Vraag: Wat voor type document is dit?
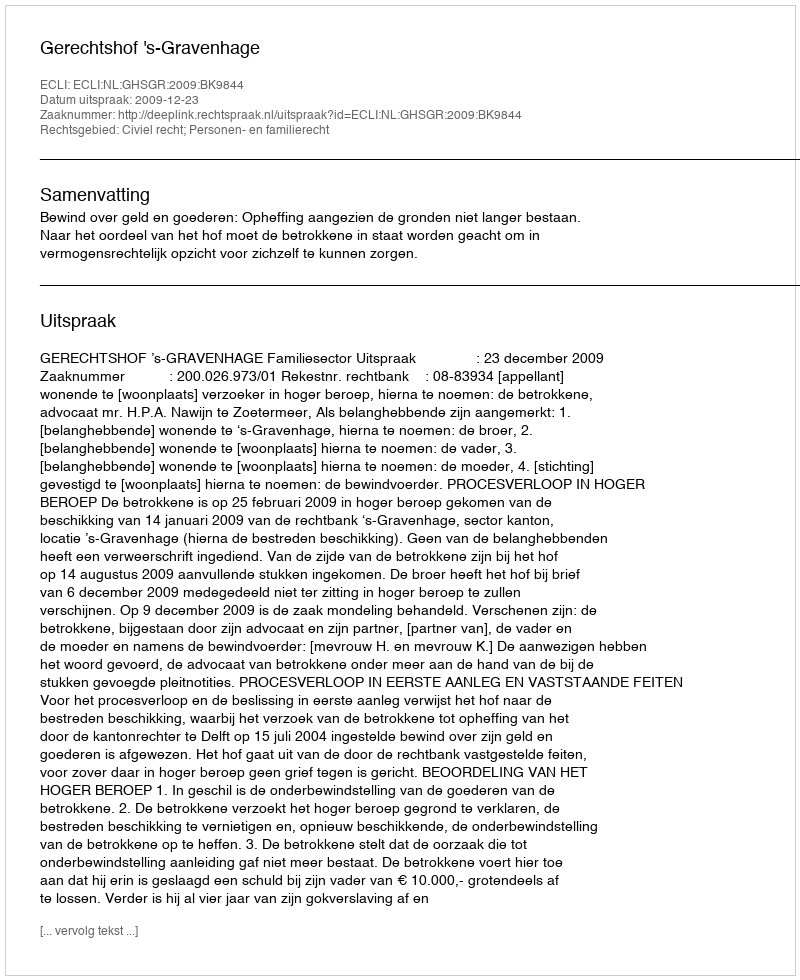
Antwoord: Uitspraak